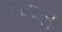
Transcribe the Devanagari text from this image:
स्प्रव्ल